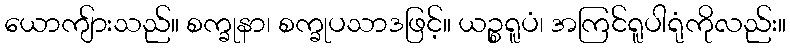
ယောကျ်ားသည်။ စက္ခုနာ၊ စက္ခုပသာဒဖြင့်။ ယဉ္စရူပံ၊ အကြင်ရူပါရုံကိုလည်း။